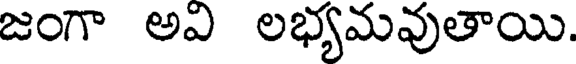
జంగా అవి లభ్యమవుతాయి.